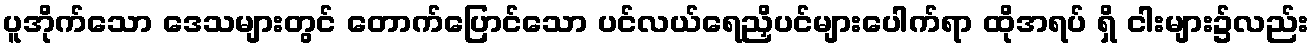
ပူအိုက်သော ဒေသများတွင် တောက်ပြောင်သော ပင်လယ်ရေညှိပင်များပေါက်ရာ ထိုအရပ် ရှိ ငါးများ၌လည်း